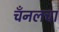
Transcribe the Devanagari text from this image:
चँनलचा